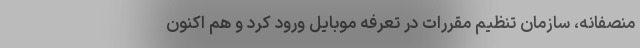
منصفانه، سازمان تنظیم مقررات در تعرفه موبایل ورود کرد و هم اکنون